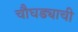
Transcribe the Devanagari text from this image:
चौघड्याची